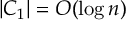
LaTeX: | C _ { 1 } | = O ( \log n )